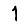
Digit: 1